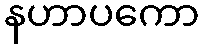
နဟာပကော